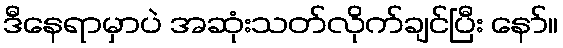
ဒီနေရာမှာပဲ အဆုံးသတ်လိုက်ချင်ပြီး နော်။